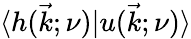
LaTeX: \langle h(\vec{k};\nu)|u(\vec{k};\nu)\rangle